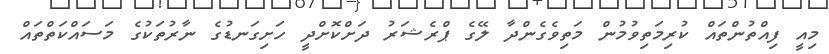
މިއީ ފިއްތުންތައް ކުރިމަތިވުމުން މަތިވެގެންދާ ލޭގެ ޕްރެޝަރު ދަށްކޮށްދީ ހަށިގަނޑުގެ ނާރުތަކުގެ މަސައްކަތްތައް